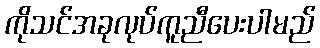
ကိုသင်အခုလုပ်ကူညီပေးပါမည်